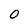
Character: 0